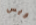
ويس